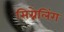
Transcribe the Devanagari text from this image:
सिग्नेलिंग